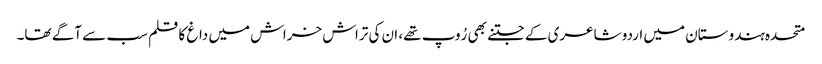
متحدہ ہندوستان میں اردو شاعری کے جتنے بھی رُوپ تھے، ان کی تراش خراش میں داغ کا قلم سب سے آگے تھا۔